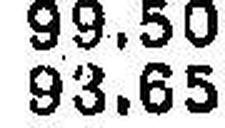
93.65